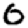
Digit: 0